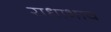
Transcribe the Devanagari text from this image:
राधाभाव